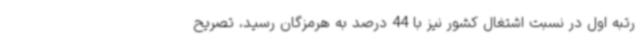
رتبه اول در نسبت اشتغال کشور نیز با 44 درصد به هرمزگان رسید، تصریح